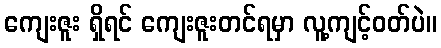
ကျေးဇူး ရှိရင် ကျေးဇူးတင်ရမှာ လူ့ကျင့်ဝတ်ပဲ။